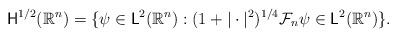
LaTeX: \begin{align*} \mathsf{H}^{1/2}(\mathbb{R}^n)=\{\psi \in \mathsf{L}^2(\mathbb{R}^n): (1+|\cdot|^2)^{1/4}\mathcal{F}_n\psi \in \mathsf{L}^2(\mathbb{R}^n)\}.\end{align*}